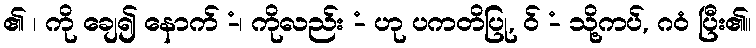
၏ ၊ ကို ချေ၍ နောက် -ံ၊ ကိုလည်း -ံ ဟု ပကတိပြု, ဝ် -ံ သို့ကပ်, ဂဝံ ပြီး၏။